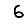
Digit: 6